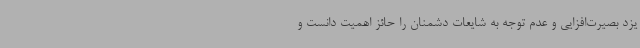
یزد بصیرت‌افزایی و عدم توجه به شایعات دشمنان را حائز اهمیت دانست و